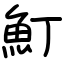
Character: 䰳